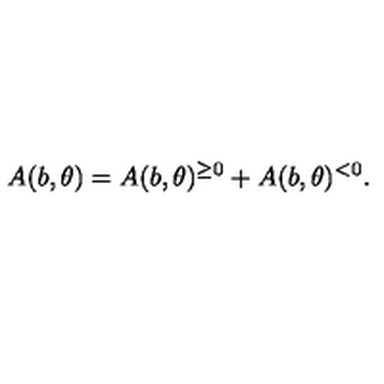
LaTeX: A ( b , \theta ) = A ( b , \theta ) ^ { \geq 0 } + A ( b , \theta ) ^ { < 0 } .